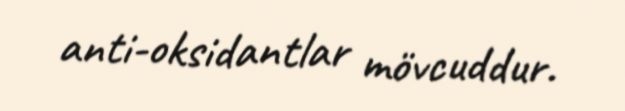
anti-oksidantlar mövcuddur.